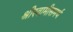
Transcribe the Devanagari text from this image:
श्रीस्वामीसमर्थ